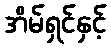
အိမ်ရှင်နှင့်